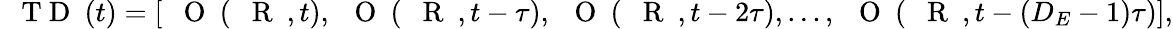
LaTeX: \mathrm{~{~\mathbf~T~D~}~}(t)=[\mathrm{~{~\mathbf~O~}~}(\mathrm{~{~\mathbf~R~}~},t),\mathrm{~{~\mathbf~O~}~}(\mathrm{~{~\mathbf~R~}~},t-\tau),\mathrm{~{~\mathbf~O~}~}(\mathrm{~{~\mathbf~R~}~},t-2\tau),...,\mathrm{~{~\mathbf~O~}~}(\mathrm{~{~\mathbf~R~}~},t-(D_{E}-1)\tau)],